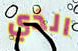
الذي